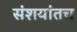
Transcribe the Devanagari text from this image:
संशयांतच